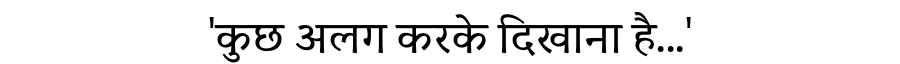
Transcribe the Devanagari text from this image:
'कुछ अलग करके दिखाना है...'